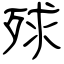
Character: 殏